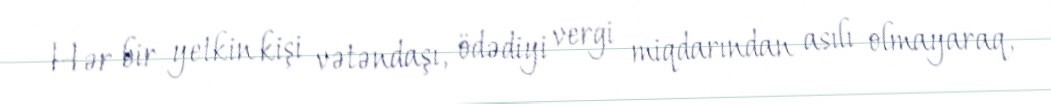
Hər bir yetkin kişi vətəndaşı, ödədiyi vergi miqdarından asılı olmayaraq,